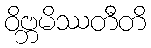
ဝိဗ္ဘမိဿတီတိ